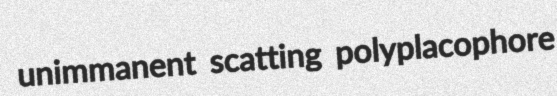
unimmanent scatting polyplacophore